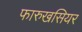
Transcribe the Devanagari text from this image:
फारुखसियर